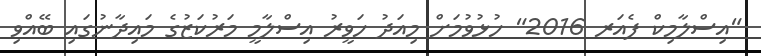
"އިސްލާމިކް ފެއަރ 2016" ހުޅުވުމަށް މިއަދު ހަވީރު އިސްލާމީ މަރުކަޒުގެ މައިދާނުގައި ބޭއްވި